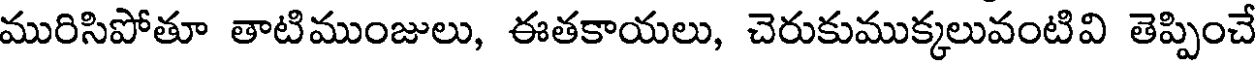
మురిసిపోతూ తాటిముంజులు, ఈతకాయలు, చెరుకుముక్కలువంటివి తెప్పించే